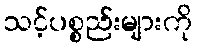
သင့်ပစ္စည်းများကို